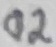
Text: 01